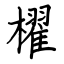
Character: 櫂